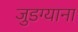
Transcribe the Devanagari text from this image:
जुडग्याना